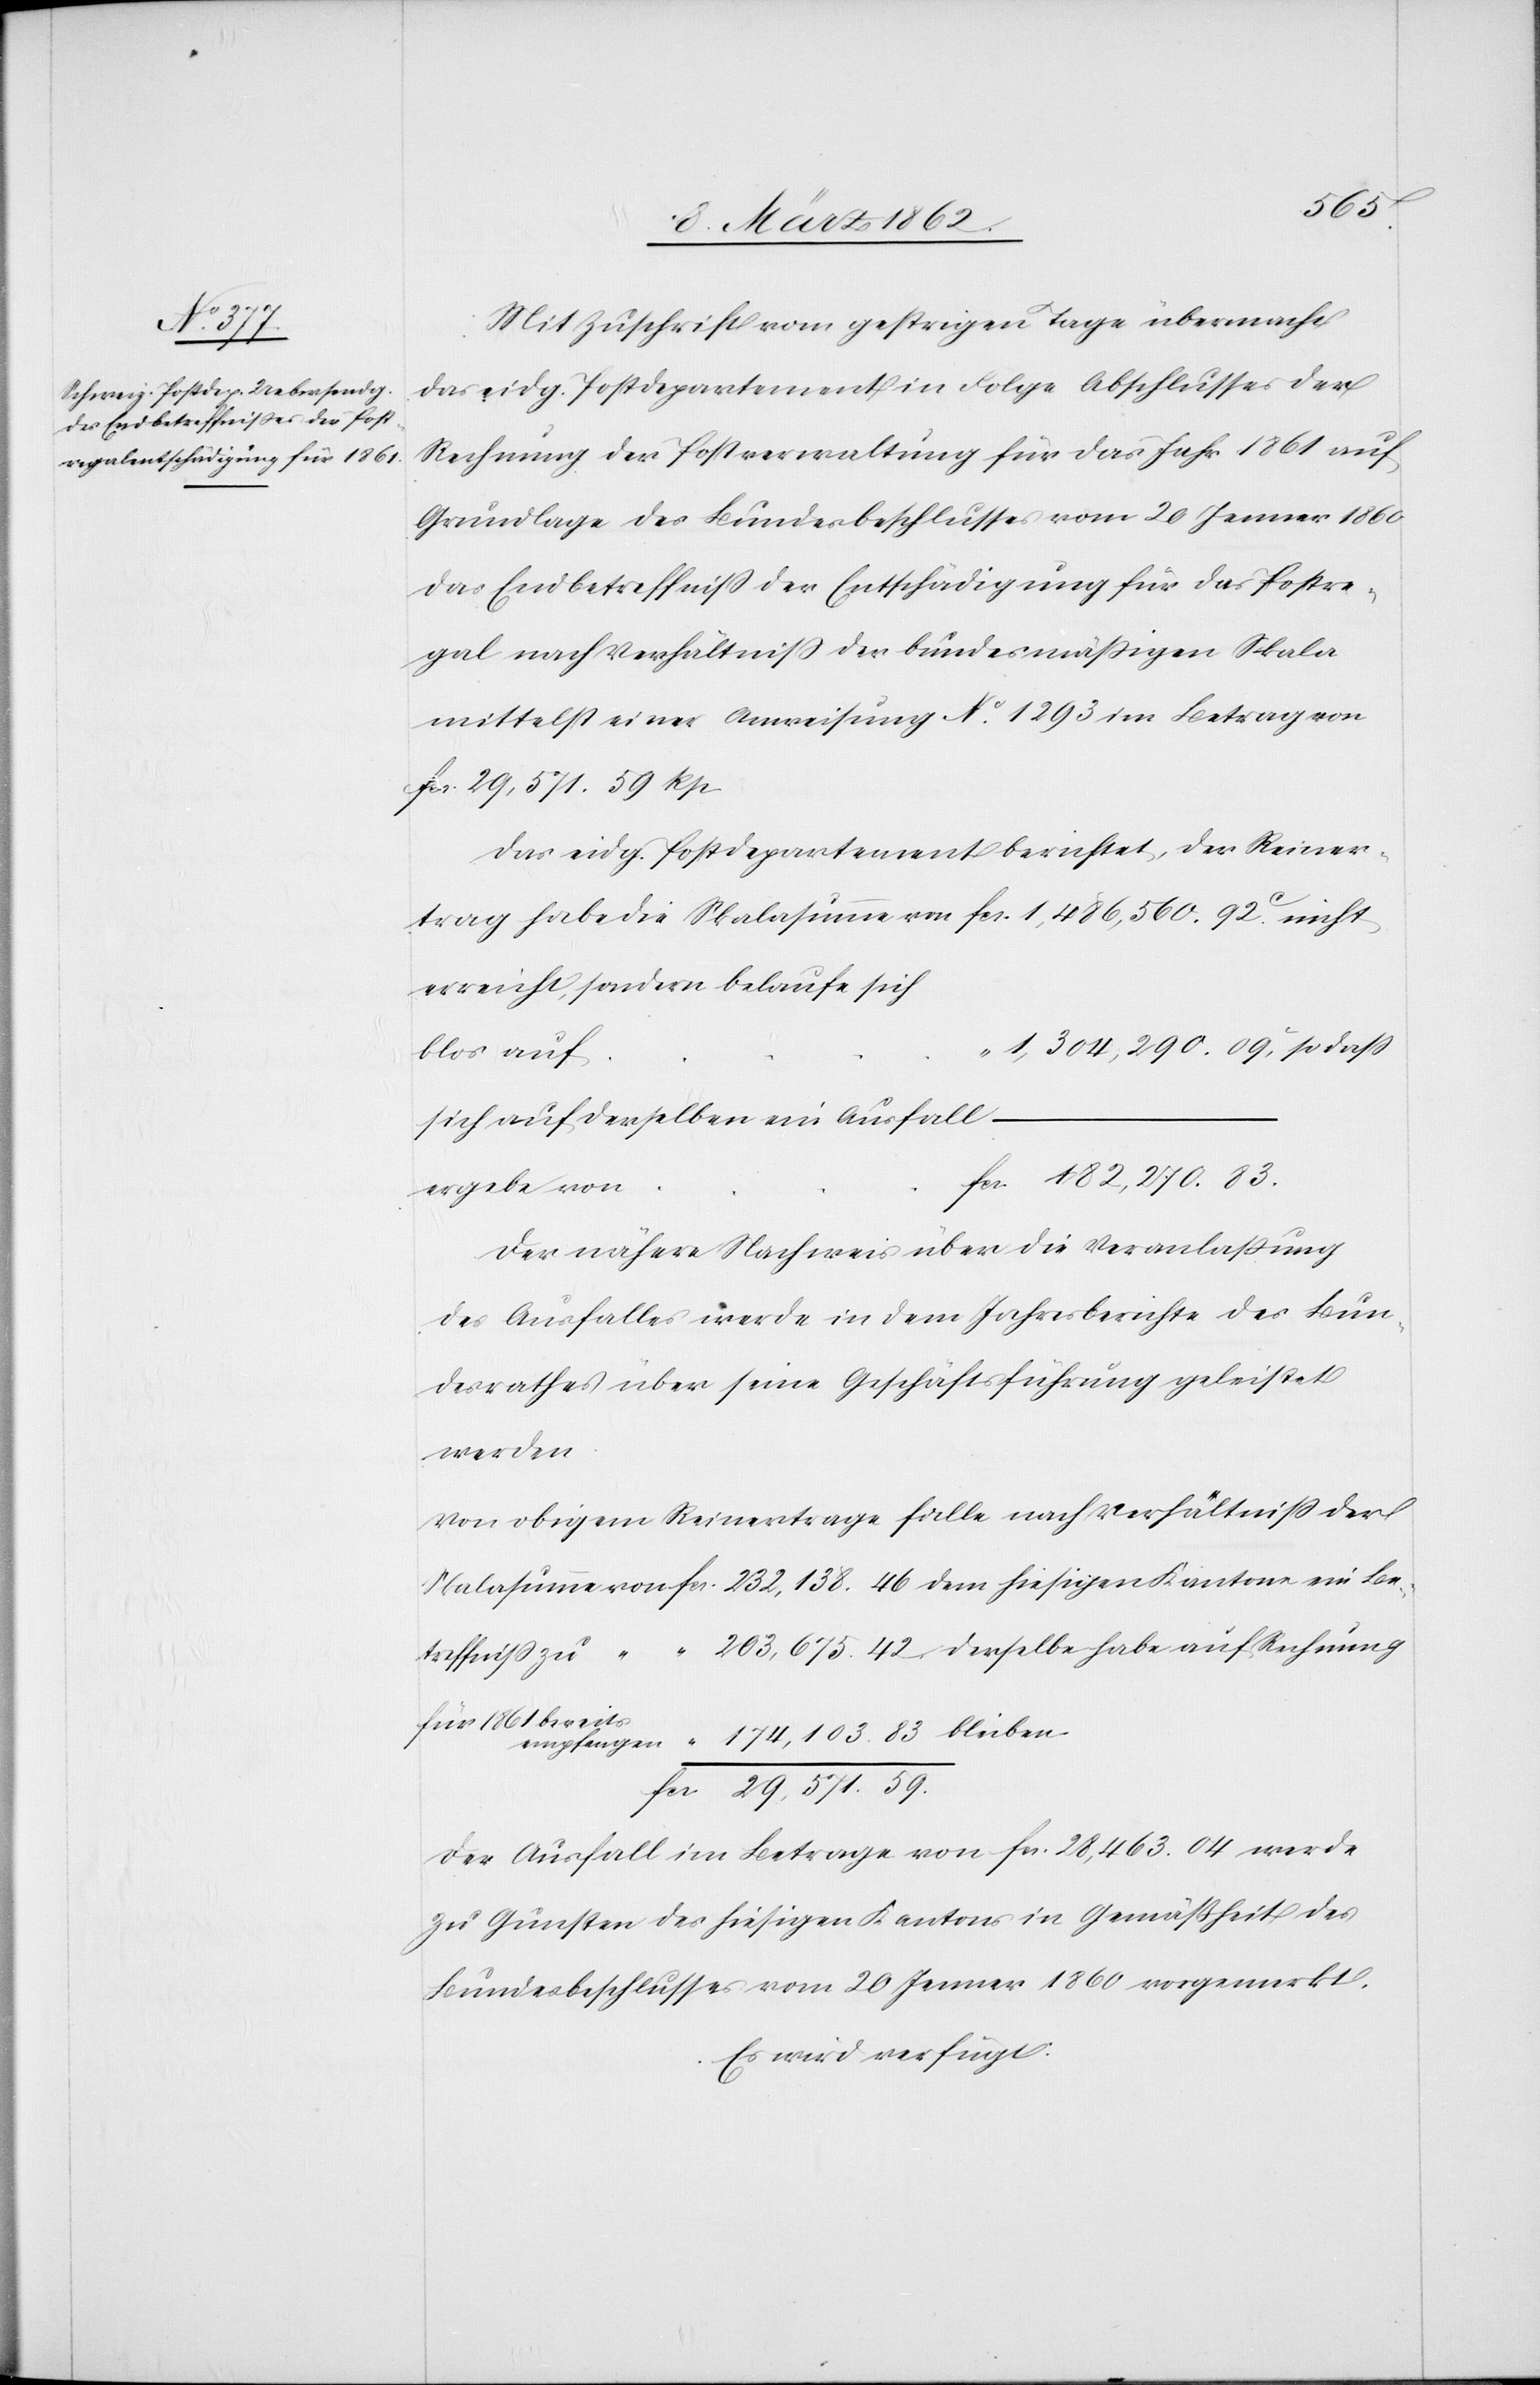
11 März 1862.]
Mit Zuschrift vom gestrigen Tage übermacht
das eidg. Postdepartement in Folge Abschlusses der
Rechnung der Postverwaltung für das Jahr 1861 auf
Grundlage des Bundesbeschlusses vom 20 Jenner 1860
das Endbetreffniß der Entschädigung für das Postre¬
gal nach Verhältniß der bundesmäßigen Skala
mittelst einer Anweisung No. 1293 im Betrag von
fcs. 29,571.59 Rp.
Das eidg. Postdepartement berichtet, der Reiner¬
trag habe die Skalasumme von fcs. 1,486,560.92. c nicht
erreicht, sondern belaufe sich
blos auf
bleiben
sich auf derselben ein Ausfall
ergebe von
Der nähere Nachweis über die Veranlaßung
des Ausfalles werde in dem Jahresberichte des Bun¬
desrathes über seine Geschäftsführung geleistet
werden.
Von obigem Reinertrage falle nach Verhältniß der
für 1861 bereits
Der Ausfall im Betrage von fcs. 28,463.04 werde
zu Gunsten des hiesigen Kantons in Gemäßheit des
Bundesbeschlusses vom 20 Jenner 1860 vorgemerkt.
Es wird verfügt: